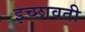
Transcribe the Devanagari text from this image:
इच्छावती